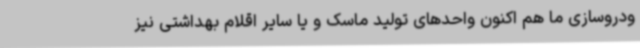
ودروسازی ما هم اکنون واحدهای تولید ماسک و یا سایر اقلام بهداشتی نیز